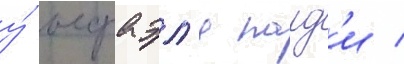
у́ исраэл'я палд'и /